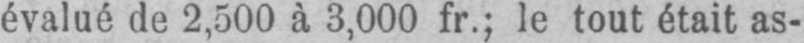
évalué de 2,500 à 3,000 fr.; le tout était as-